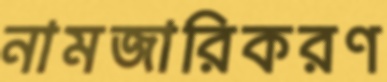
নামজারিকরণ